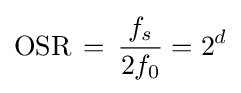
\mathrm {OSR} \,=\,{\frac {f_{s}}{2f_{0}}}=2^{d}